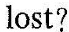
lost？